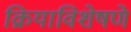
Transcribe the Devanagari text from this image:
क्रियाविशेषणे